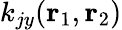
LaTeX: k_{jy}(\mathbf{r}_{1},\mathbf{r}_{2})